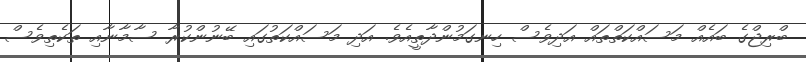
ބްރިޖްގެ ބައެއް މަސައްކަތްތައް އަދިވެސް ހިނގަމުންދާތީއެވެ. އަދި މަސައްކަތުގައި ބޭނުންކުރާ ސާމާނާއި ތަކެތިވެސް